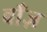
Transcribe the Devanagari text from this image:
बाँज़